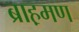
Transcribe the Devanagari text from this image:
ब्राह़मण